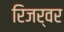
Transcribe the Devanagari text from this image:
रिजर्वर